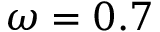
\omega = 0 . 7